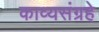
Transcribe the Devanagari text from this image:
काव्यसंग्रहे